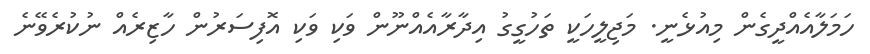
ހަމަލާއެއްދީގެން މިއުޅެނީ. މަޖިލީހަކީ ތަހުގީގު އިދާރާއެއްނޫން ވަކި ވަކި އޮފިސަރުން ހާޒިރެއް ނުކުރެވޭނެ